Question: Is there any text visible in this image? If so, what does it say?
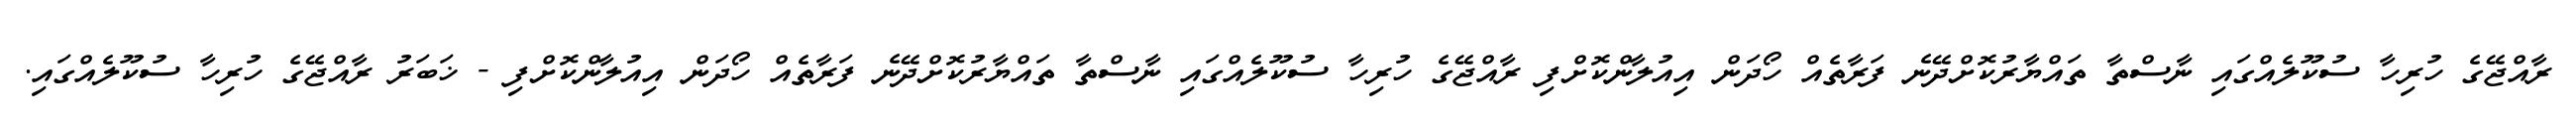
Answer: ރާއްޖޭގެ ހުރިހާ ސުކޫލެއްގައި ނާސްތާ ތައްޔާރުކޮށްދޭނެ ފަރާތެއް ހޯދަން އިއުލާންކޮށްފި ރާއްޖޭގެ ހުރިހާ ސުކޫލެއްގައި ނާސްތާ ތައްޔާރުކޮށްދޭނެ ފަރާތެއް ހޯދަން އިއުލާންކޮށްފި - ޚަބަރު ރާއްޖޭގެ ހުރިހާ ސުކޫލެއްގައި.